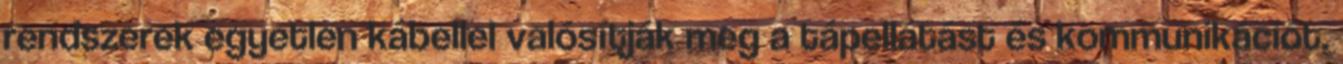
rendszerek egyetlen kábellel valósítják meg a tápellátást és kommunikációt.